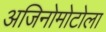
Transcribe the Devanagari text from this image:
अजिनोमोटोला